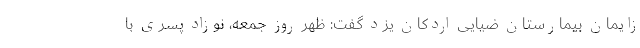
زایمان بیمارستان ضیایی اردکان یزد گفت: ظهر روز جمعه، نوزاد پسری با